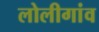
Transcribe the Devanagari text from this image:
लोलीगांव